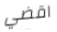
اقضي